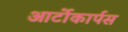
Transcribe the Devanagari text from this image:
आर्टोकार्पस